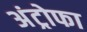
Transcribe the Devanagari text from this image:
अंट्रोफा